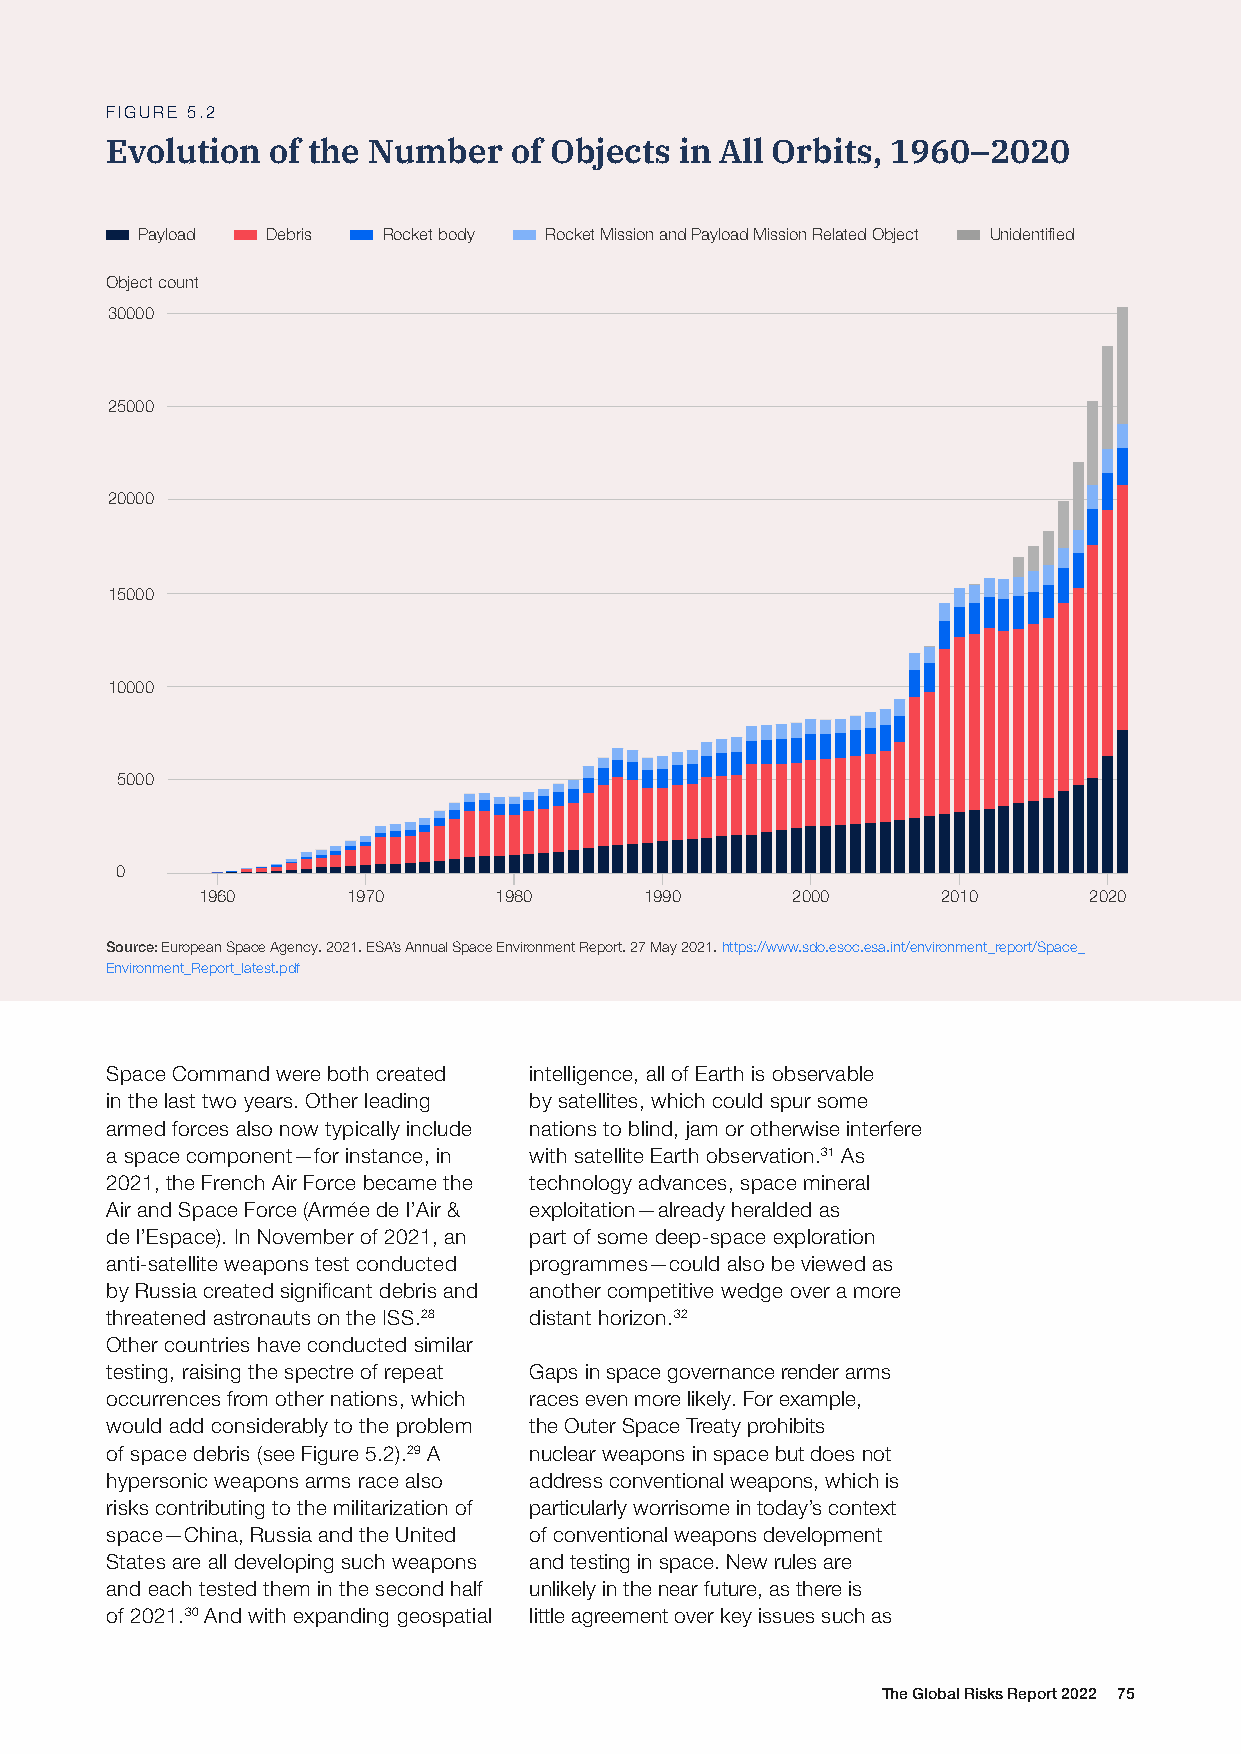
FIGURE 5.2
 Evolution  of the Number   of Objects in All Orbits, 1960–2020
 Payload  Debris Rocket body Rocket Mission and Payload Mission Related Object Unidentified
 Object count
 30000
 25000
 20000
 15000
 10000
 5000
 0
 1960      1970      1980      1990     2000      2010      2020
 Source: European Space Agency. 2021. ESA’s Annual Space Environment Report. 27 May 2021. https://www.sdo.esoc.esa.int/environment_report/Space_
 Environment_Report_latest.pdf
 Space Command were both created intelligence, all of Earth is observable
 in the last two years. Other leading by satellites, which could spur some
 armed forces also now typically include nations to blind, jam or otherwise interfere
 a space component—for instance, in with satellite Earth observation.31 As
 2021, the French Air Force became the technology advances, space mineral
 Air and Space Force (Armée de l’Air & exploitation—already heralded as
 de l’Espace). In November of 2021, an part of some deep-space exploration
 anti-satellite weapons test conducted programmes—could also be viewed as
 by Russia created significant debris and another competitive wedge over a more
 threatened astronauts on the ISS.28 distant horizon.32
 Other countries have conducted similar
 testing, raising the spectre of repeat Gaps in space governance render arms
 occurrences from other nations, which races even more likely. For example,
 would add considerably to the problem the Outer Space Treaty prohibits
 of space debris (see Figure 5.2).29 A nuclear weapons in space but does not
 hypersonic weapons arms race also address conventional weapons, which is
 risks contributing to the militarization of particularly worrisome in today’s context
 space—China, Russia and the United of conventional weapons development
 States are all developing such weapons and testing in space. New rules are
 and each tested them in the second half unlikely in the near future, as there is
 of 2021.30 And with expanding geospatial little agreement over key issues such as
 The Global Risks Report 2022 75